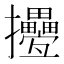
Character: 㩸